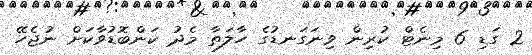
2 ގަޑި 6 މިނެޓް ކުރިން ވިނަގަނޑުގެ ހާލަތާ މެދު ކަންބޮޑުވާކަށް ނުޖެހޭ